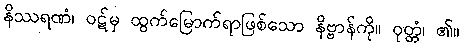
နိဿရဏံ၊ ဝဋ်မှ ထွက်မြောက်ရာဖြစ်သော နိဗ္ဗာန်ကို။ ဝုတ္တံ၊ ၏။